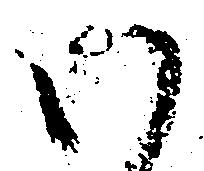
い